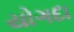
યોગદા